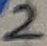
Text: 2